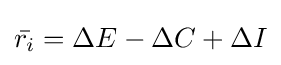
{\bar {r_{i}}}=\Delta E-\Delta C+\Delta I